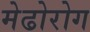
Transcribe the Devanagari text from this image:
मेढोरोग